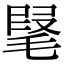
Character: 𣮫